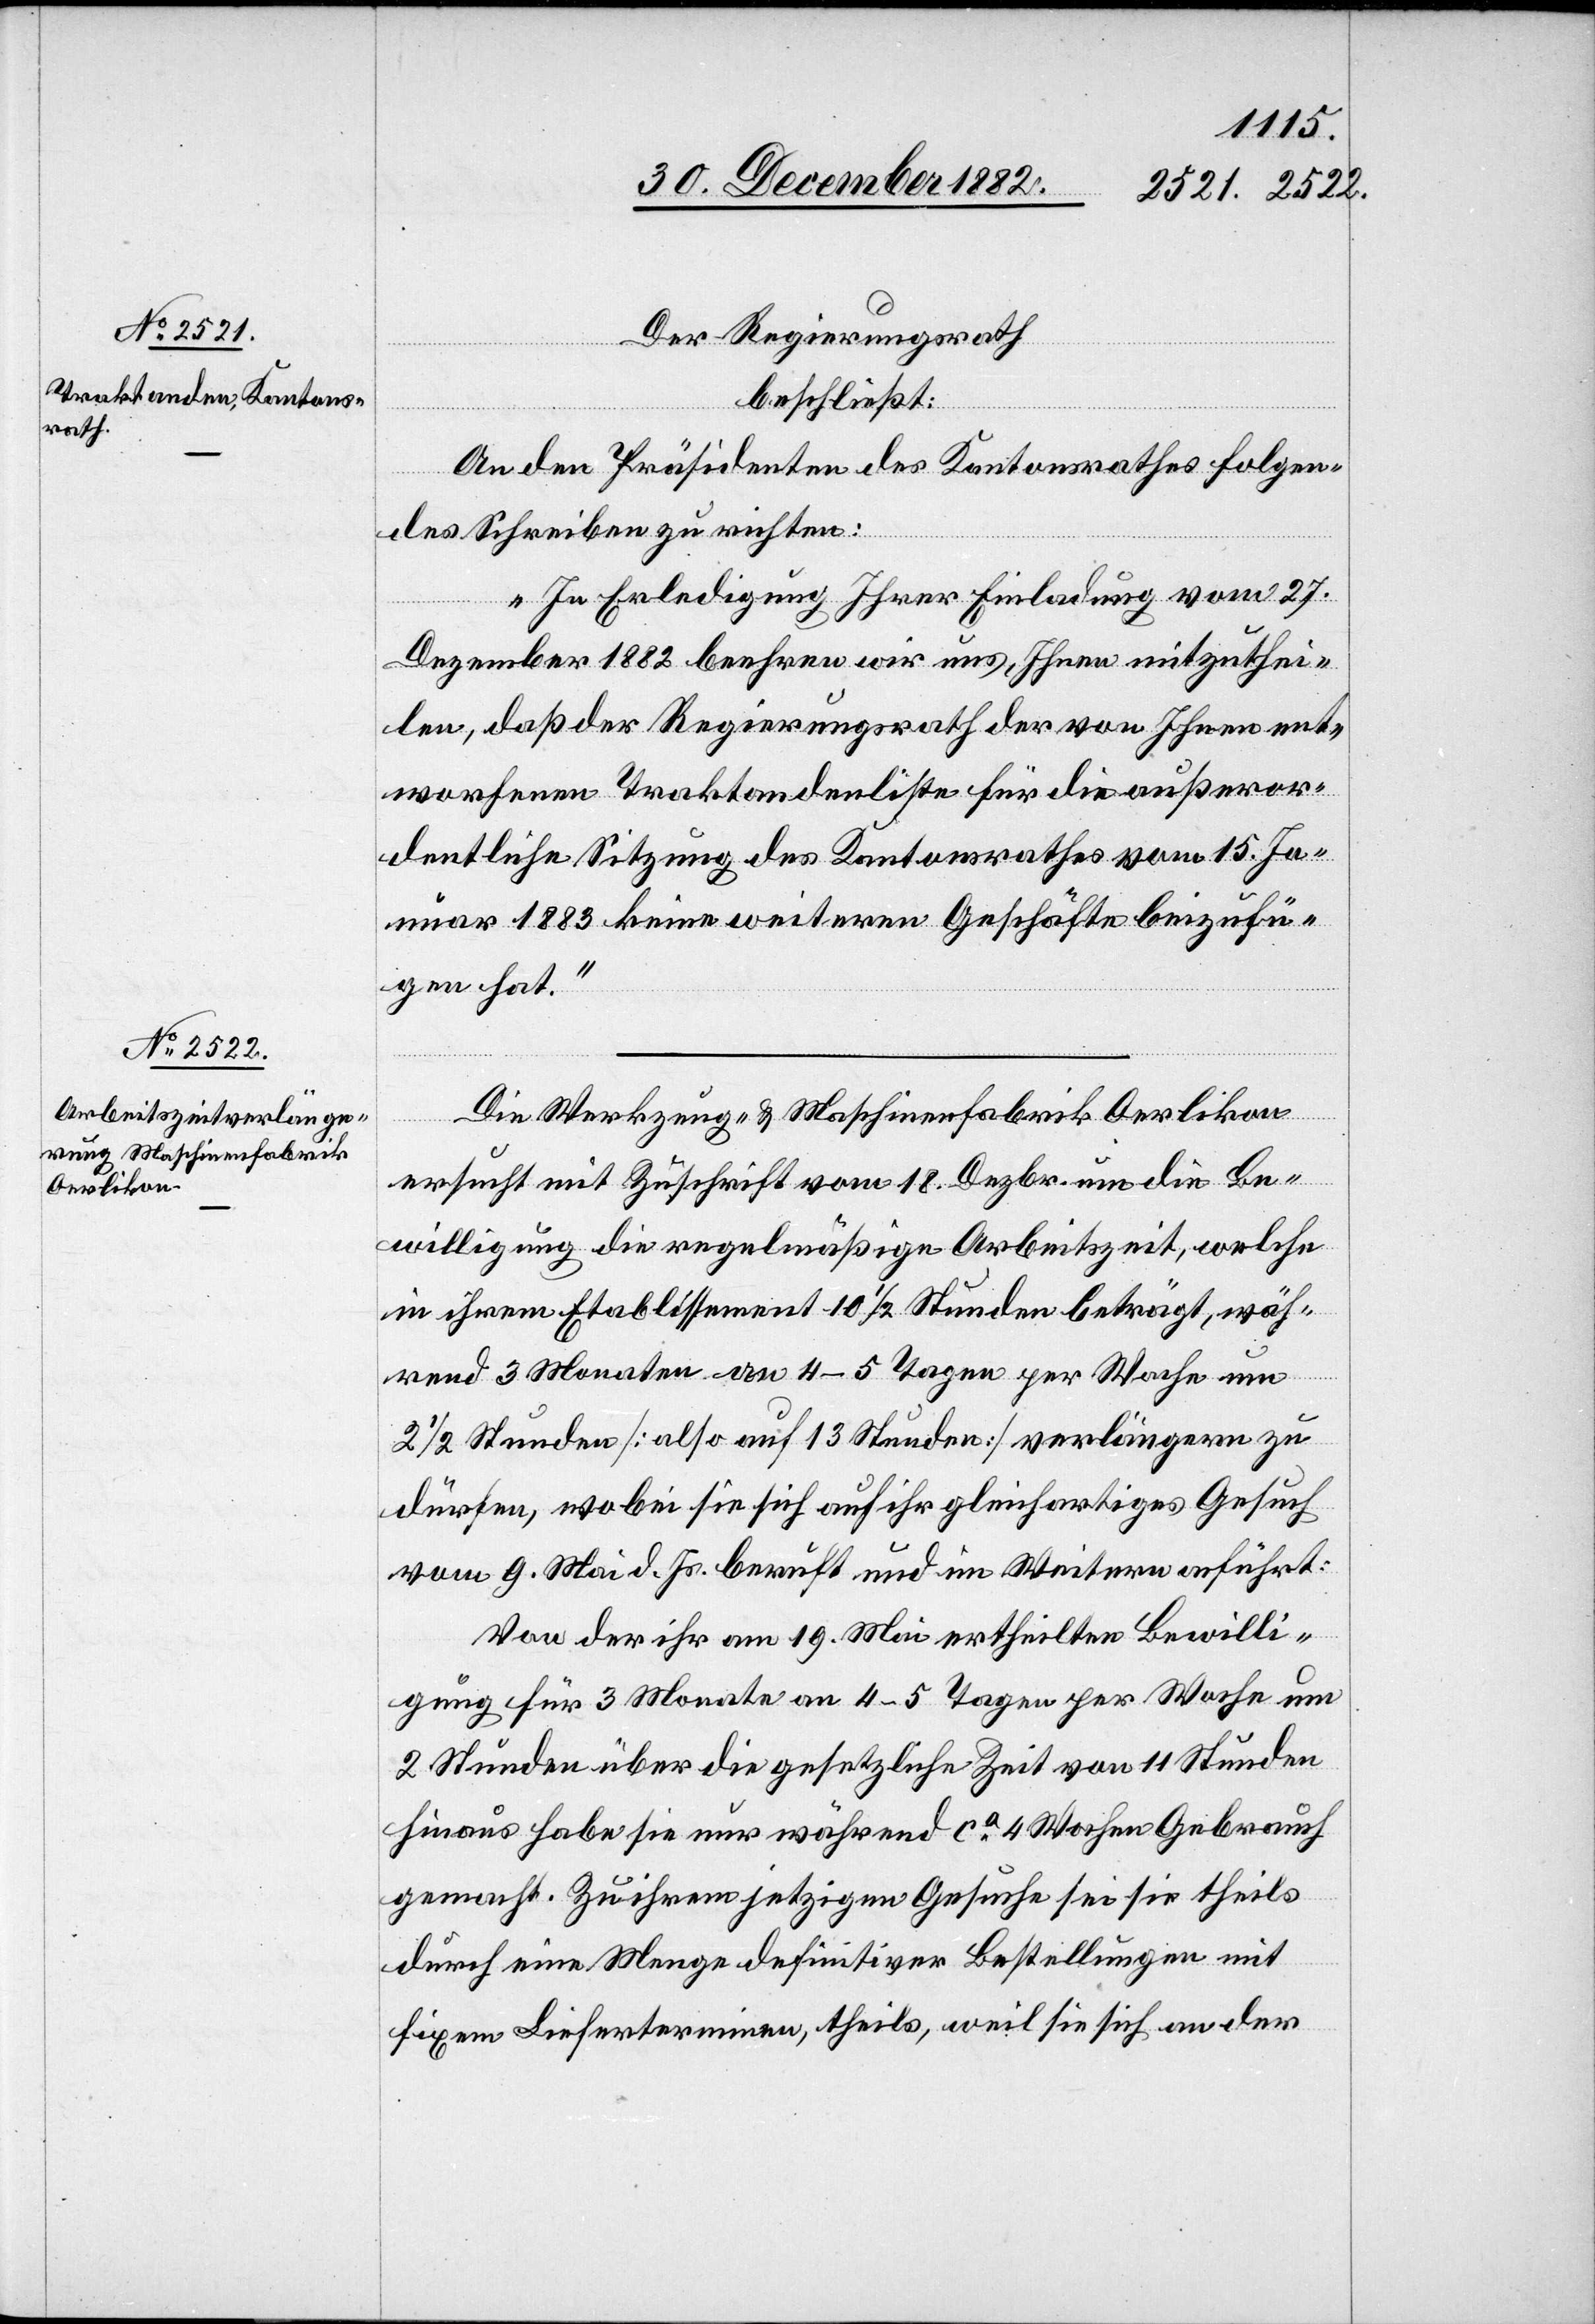
Der Regierungsrath
beschließt:
An den Präsidenten des Kantonsrathes folgen¬
des Schreiben zu richten:
„In Erledigung Ihrer Einladung vom 27.
Dezember 1882 beehren wir uns, Ihnen mitzuthei¬
len, daß der Regierungsrath der von Ihnen ent¬
worfenen Traktandenliste für die außeror¬
dentliche Sitzung des Kantonsrathes vom 15. Ja¬
nuar 1883 keine weiteren Geschäfte beizufü¬
gen hat.“
[recte:
Die Werkzeug- & Maschinenfabrik Oerlikon
ersucht mit Zuschrift vom 18. Dezbr. um die Be¬
willigung die regelmäßige Arbeitszeit, welche
in ihrem Etablissement 10 1/2 Stunden beträgt, wäh¬
rend 3 Monaten an 4–5 Tage per Woche um
fixem
2 1/2 Stunden [also auf 13 Stunden] verlängern zu
dürfen, wobei sie sich auf ihr gleichartiges Gesuch
vom 9. Mai d. Js. beruft und im Weitern anführt:
Von der ihr am 19. Mai ertheilten Bewilli¬
gung für 3 Monate an 4–5 Tagen per Woche um
2 Stunden über die gesetzliche Zeit von 11 Stunden
hinaus habe sie nur während ca 4 Wochen Gebrauch
gemacht. Zu ihrem jetzigen Gesuche sei sie theils
durch eine Menge definitiver Bestellungen mit
fixen] Lieferterminen, theils, weil sie sich an der